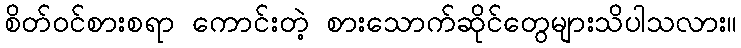
စိတ်ဝင်စားစရာ ကောင်းတဲ့ စားသောက်ဆိုင်တွေများသိပါသလား။